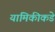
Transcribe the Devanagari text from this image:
यामिकीकडे